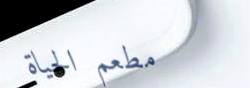
مطعم الحياة